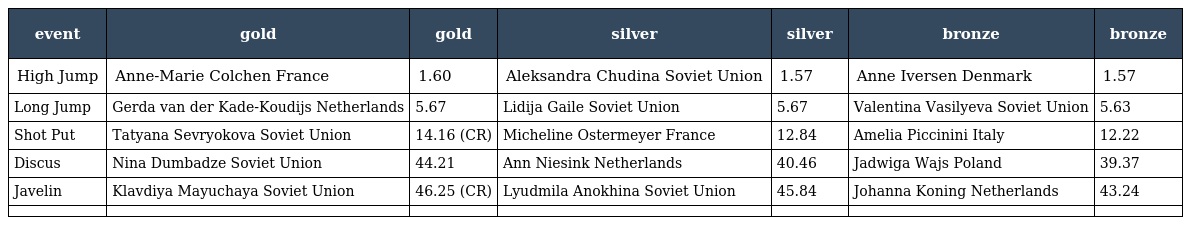
| event | gold | gold | silver | silver | bronze | bronze |
 | --- | --- | --- | --- | --- | --- | --- |
 | High Jump | Anne-Marie Colchen France | 1.60 | Aleksandra Chudina Soviet Union | 1.57 | Anne Iversen Denmark | 1.57 |
 | Long Jump | Gerda van der Kade-Koudijs Netherlands | 5.67 | Lidija Gaile Soviet Union | 5.67 | Valentina Vasilyeva Soviet Union | 5.63 |
 | Shot Put | Tatyana Sevryokova Soviet Union | 14.16 (CR) | Micheline Ostermeyer France | 12.84 | Amelia Piccinini Italy | 12.22 |
 | Discus | Nina Dumbadze Soviet Union | 44.21 | Ann Niesink Netherlands | 40.46 | Jadwiga Wajs Poland | 39.37 |
 | Javelin | Klavdiya Mayuchaya Soviet Union | 46.25 (CR) | Lyudmila Anokhina Soviet Union | 45.84 | Johanna Koning Netherlands | 43.24 |
 |  |  |  |  |  |  |  |